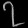
Digit: ၇